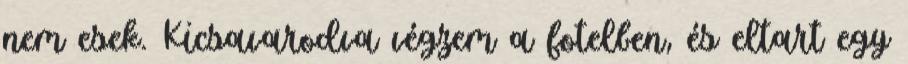
nem esek. Kicsavarodva végzem a fotelben, és eltart egy